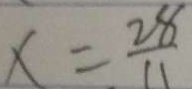
x = \frac { 2 8 } { 1 1 }